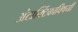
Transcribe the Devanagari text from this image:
अंटार्क्टिकाविषयी